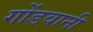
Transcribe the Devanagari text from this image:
गोंडवानी